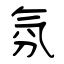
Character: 氛